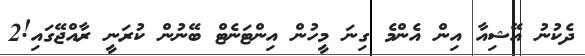
ދެކުނު އޭޝިއާ އިން އެންމެ ގިނަ މީހުން އިންޓަނެޓް ބޭނުން ކުރަނީ ރާއްޖޭގައި!2